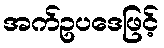
အက်ဥပဒေဖြင့်